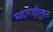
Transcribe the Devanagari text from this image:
महाराष्ट्रीतल